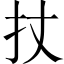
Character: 扙